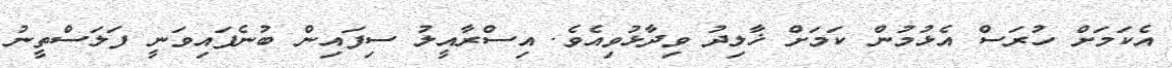
އެކަމަށް ހުރަސް އެޅުމުން ކަމަށް ޚާލިދު ވިދާޅުވިއެވެ. އިސްރާއީލު ސިފައިން ބުނެފައިވަނީ ފަލަސްތީނު